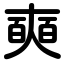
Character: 奭